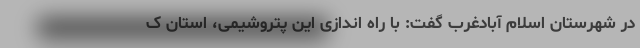
در شهرستان اسلام آبادغرب گفت: با راه اندازی این پتروشیمی، استان ک